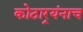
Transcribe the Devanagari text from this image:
कोठार्‍यंनाच